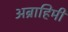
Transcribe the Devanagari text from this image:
अब्राहिमी